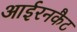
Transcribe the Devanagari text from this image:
आईरनकैट